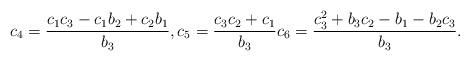
LaTeX: \begin{align*} c_4 = \frac{c_1c_3-c_1b_2+c_2b_1}{b_3}, c_5 = \frac{c_3c_2+c_1}{b_3} c_6 = \frac{c_3^2+b_3c_2-b_1-b_2c_3}{b_3}.\end{align*}